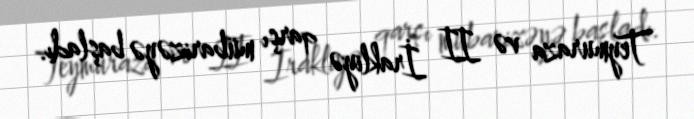
Teymuraza və II İrakliyə qarşı mübarizəyə başladı.